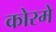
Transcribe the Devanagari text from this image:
कोरमे